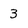
Character: 3